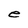
Character: e